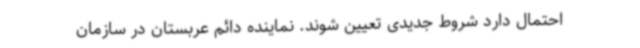
احتمال دارد شروط جدیدی تعیین شوند. نماینده دائم عربستان در سازمان